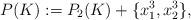
LaTeX: \begin{align*}P(K):=P_2(K)+\{x_1^3,x_2^3\}, \end{align*}